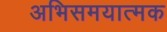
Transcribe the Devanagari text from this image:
अभिसमयात्मक